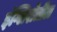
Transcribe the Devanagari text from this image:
इंग्लिशेतील